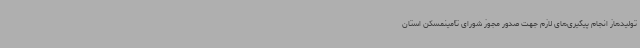
تولیدهاز انجام پیگیری‌های لازم جهت صدور مجوز شورای تأمینمسکن استان